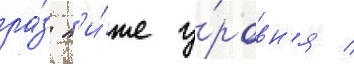
ра́з н'и́же у́ровн'я /